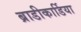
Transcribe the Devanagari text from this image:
ब्राडीकार्डिया